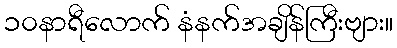
၁၀နာရီလောက် နံနက်အချိန်ကြီးဗျား။